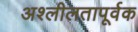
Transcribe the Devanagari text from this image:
अश्लीलतापूर्वक